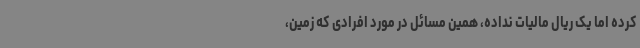
کرده اما یک ریال مالیات نداده، همین مسائل در مورد افرادی که زمین،